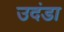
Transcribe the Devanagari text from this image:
उदंडा